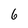
Character: 6